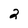
Character: 2